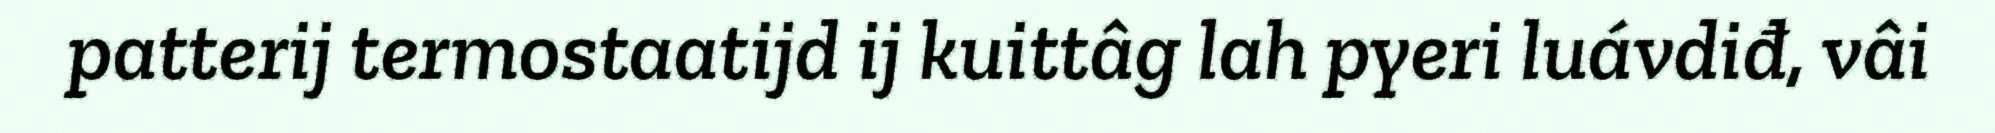
patterij termostaatijd ij kuittâg lah pyeri luávdiđ, vâi